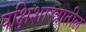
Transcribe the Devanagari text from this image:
पक्षिशास्त्रातील